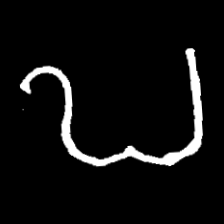
Pyu character \u2014 Myanmar letter: ဎ (romanized: ddha)